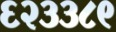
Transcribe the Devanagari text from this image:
६२३३८९